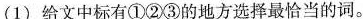
(1) 给文中标有①②③的地方选择最恰当的词。